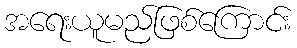
အရေးယူမည်ဖြစ်ကြောင်း